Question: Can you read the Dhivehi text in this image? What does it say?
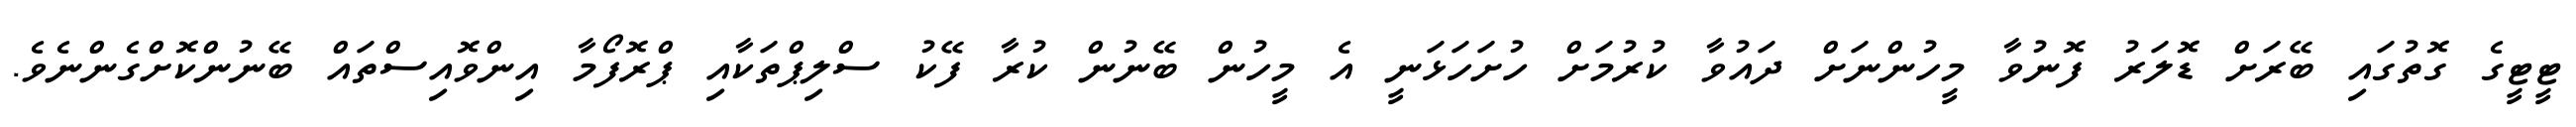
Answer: ޓީޓީގެ ގޮތުގައި ބޭރަށް ޑޮލަރު ފޮނުވާ މީހުންނަށް ދައުވާ ކުރުމަށް ހުށަހަޅަނީ އެ މީހުން ބޭނުން ކުރާ ފޭކު ސްލިޕްތަކާއި ޕްރޮފޯމާ އިންވޮއިސްތައް ބޭނުންކޮށްގެންނެވެ.